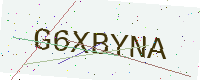
Text: G6XBYNA